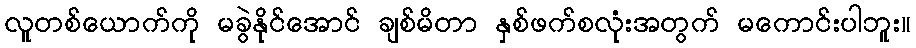
လူတစ်ယောက်ကို မခွဲနိုင်အောင် ချစ်မိတာ နှစ်ဖက်စလုံးအတွက် မကောင်းပါဘူး။